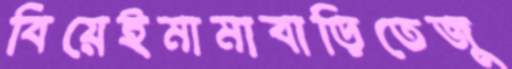
বিয়েইমামাবাড়িতেজু